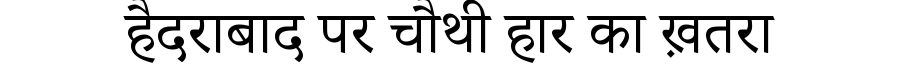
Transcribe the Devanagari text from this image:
हैदराबाद पर चौथी हार का ख़तरा